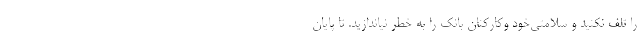
را تلف نکنید و سلامتی‌خود وکارکنان بانک را به خطر نیاندازید. تا پایان